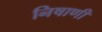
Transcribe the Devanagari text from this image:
निषाणी